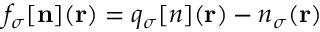
f _ { \sigma } [ { \bf n } ] ( { \bf r } ) = { q _ { \sigma } [ n ] } ( { \bf r } ) - { n _ { \sigma } } ( { \bf r } )